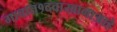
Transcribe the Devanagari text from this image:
गावात१दवाखानाआहे